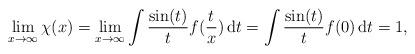
LaTeX: \begin{align*}\lim_{x\to \infty} \chi(x)=\lim_{x\to \infty}\int\limits_{}^{} \frac{\sin(t)}{t}f(\frac{t}{x}) \,\mathrm{d}t\stackrel{}{=}\int\limits_{}^{} \frac{\sin(t)}{t}f(0) \,\mathrm{d}t =1,\end{align*}